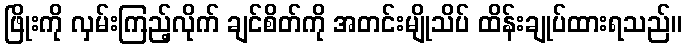
ဖြိုးကို လှမ်းကြည့်လိုက် ချင်စိတ်ကို အတင်းမျိုသိပ် ထိန်းချုပ်ထားရသည်။